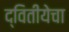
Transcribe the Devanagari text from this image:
द्वितीयेचा